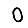
Digit: 0